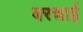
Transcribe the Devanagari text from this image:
बरचाई